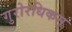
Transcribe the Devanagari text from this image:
गुरोरधिकम्